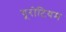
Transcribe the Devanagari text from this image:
यूरोटियम